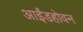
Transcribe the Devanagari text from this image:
आईंडहोवन